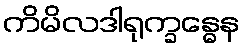
ကိမိလဒါရုက္ခန္ဓေန